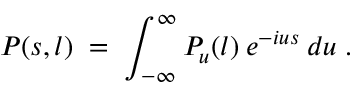
P ( s , l ) \; = \; \int _ { - \infty } ^ { \infty } P _ { u } ( l ) \: e ^ { - i u s } \: d u \; .